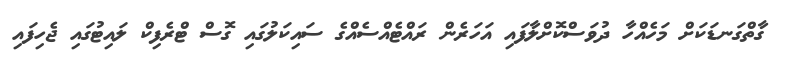
ގާތްގަނޑަކަށް މަހެއްހާ ދުވަސްކޮށްލާފައި އަހަރެން ރައްޓެއްސެއްގެ ސައިކަލުގައި ގޮސް ޓްރެފިކް ލައިޓުގައި ޖެހިފައި